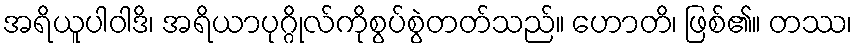
အရိယူပါဝါဒိ၊ အရိယာပုဂ္ဂိုလ်ကိုစွပ်စွဲတတ်သည်။ ဟောတိ၊ ဖြစ်၏။ တဿ၊